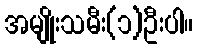
အမျိုးသမီး(၁)ဦးပါ။